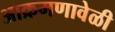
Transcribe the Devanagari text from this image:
आक्रमणावेळी